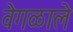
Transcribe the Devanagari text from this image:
वेगळाले